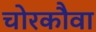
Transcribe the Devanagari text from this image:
चोरकौवा